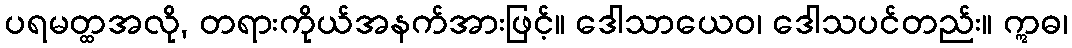
ပရမတ္ထအလို, တရားကိုယ်အနက်အားဖြင့်။ ဒေါသာယေဝ၊ ဒေါသပင်တည်း။ ဣဓ၊